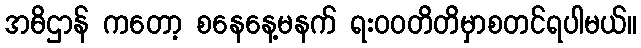
အဓိဌာန် ကတော့ စနေနေ့မနက် ရး၀၀တိတိမှာစတင်ရပါမယ်။